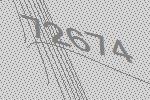
72674